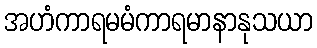
အဟံကာရမမံကာရမာနာနုသယာ